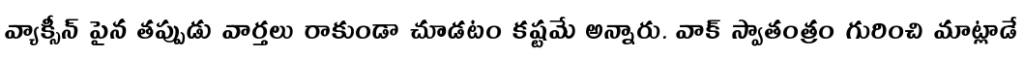
వ్యాక్సీన్ పైన తప్పుడు వార్తలు రాకుండా చూడటం కష్టమే అన్నారు. వాక్ స్వాతంత్రం గురించి మాట్లాడే